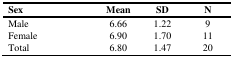
| Sex | Mean | SD | N |
 | --- | --- | --- | --- |
 | Male | 6.66 | 1.22 | 9 |
 | Female | 6.90 | 1.70 | 11 |
 | Total | 6.80 | 1.47 | 20 |